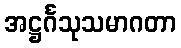
အဋ္ဌင်္ဂသုသမာဂတာ